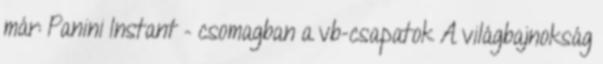
már: Panini Instant – csomagban a vb-csapatok A világbajnokság